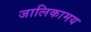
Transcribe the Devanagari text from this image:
जालिकामय